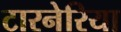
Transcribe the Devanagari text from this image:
टारनेरिया